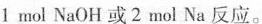
1mol NaOH或2mol Na反应。